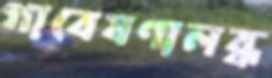
গাবেষণালব্ধ